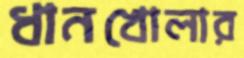
ধানখোলার